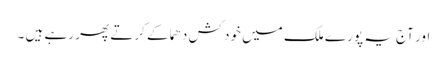
اور آج یہ پورے ملک میں خود کش دھماکے کرتے پھر رہے ہیں ۔